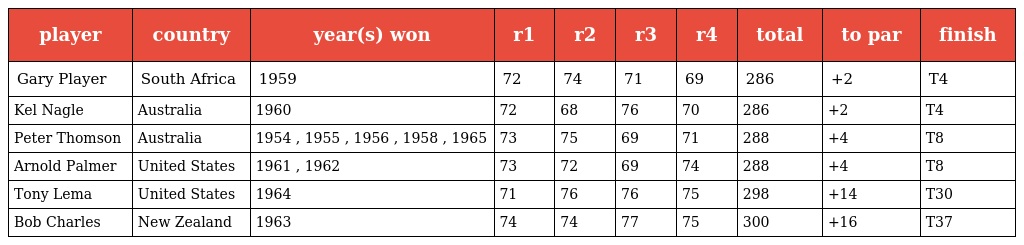
| player | country | year(s) won | r1 | r2 | r3 | r4 | total | to par | finish |
 | --- | --- | --- | --- | --- | --- | --- | --- | --- | --- |
 | Gary Player | South Africa | 1959 | 72 | 74 | 71 | 69 | 286 | +2 | T4 |
 | Kel Nagle | Australia | 1960 | 72 | 68 | 76 | 70 | 286 | +2 | T4 |
 | Peter Thomson | Australia | 1954 , 1955 , 1956 , 1958 , 1965 | 73 | 75 | 69 | 71 | 288 | +4 | T8 |
 | Arnold Palmer | United States | 1961 , 1962 | 73 | 72 | 69 | 74 | 288 | +4 | T8 |
 | Tony Lema | United States | 1964 | 71 | 76 | 76 | 75 | 298 | +14 | T30 |
 | Bob Charles | New Zealand | 1963 | 74 | 74 | 77 | 75 | 300 | +16 | T37 |